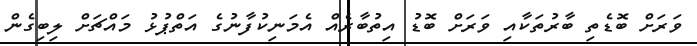
ވަރަށް ބޮޑެތި ބާރުތަކާއި ވަރަށް ބޮޑު އިތުބާރެއް އެމަނިކުފާނުގެ އަތްޕުޅު މައްޗަށް ލިބިގެން